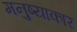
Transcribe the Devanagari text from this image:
मनुष्याकार